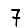
Digit: 7